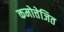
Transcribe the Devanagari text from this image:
कमोत्तेजित